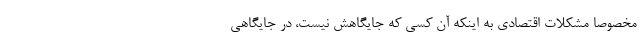
مخصوصا مشکلات اقتصادی به اینکه آن کسی که جایگاهش نیست، در جایگاهی